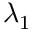
λ _ { 1 }